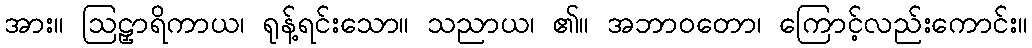
အား။ ဩဠှာရိကာယ၊ ရုန့်ရင်းသော။ သညာယ၊ ၏။ အဘာဝတော၊ ကြောင့်လည်းကောင်း။